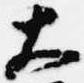
大